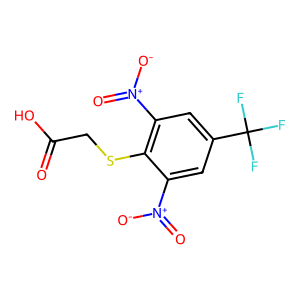
SMILES: O=C(O)CSc1c([N+](=O)[O-])cc(C(F)(F)F)cc1[N+](=O)[O-]
Inhibits HIV replication: No